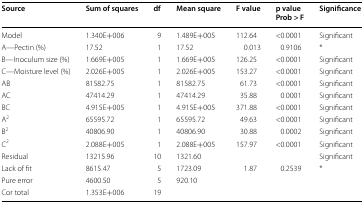
| Source | Sum of squares | df | Mean square | F value | p valueProb > F | Significance |
 | --- | --- | --- | --- | --- | --- | --- |
 | Model | 1.340E+006 | 9 | 1.489E+005 | 112.64 | <0.0001 | Significant |
 | A—Pectin (%) | 17.52 | 1 | 17.52 | 0.013 | 0.9106 | * |
 | B—Inoculum size (%) | 1.669E+005 | 1 | 1.669E+005 | 126.25 | <0.0001 | Significant |
 | C—Moisture level (%) | 2.026E+005 | 1 | 2.026E+005 | 153.27 | <0.0001 | Significant |
 | AB | 81582.75 | 1 | 81582.75 | 61.73 | <0.0001 | Significant |
 | AC | 47414.29 | 1 | 47414.29 | 35.88 | 0.0001 | Significant |
 | BC | 4.915E+005 | 1 | 4.915E+005 | 371.88 | <0.0001 | Significant |
 | A2 | 65595.72 | 1 | 65595.72 | 49.63 | <0.0001 | Significant |
 | B2 | 40806.90 | 1 | 40806.90 | 30.88 | 0.0002 | Significant |
 | C2 | 2.088E+005 | 1 | 2.088E+005 | 157.97 | <0.0001 | Significant |
 | Residual | 13215.96 | 10 | 1321.60 |  |  | Significant |
 | Lack of fit | 8615.47 | 5 | 1723.09 | 1.87 | 0.2539 | * |
 | Pure error | 4600.50 | 5 | 920.10 |  |  |  |
 | Cor total | 1.353E+006 | 19 |  |  |  |  |